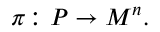
\pi \colon P \rightarrow M ^ { n } .